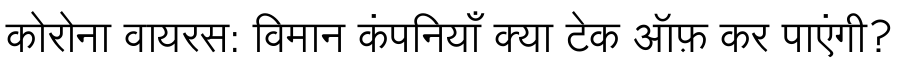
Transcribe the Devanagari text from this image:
कोरोना वायरस: विमान कंपनियाँ क्या टेक ऑफ़ कर पाएंगी?